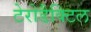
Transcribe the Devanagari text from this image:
टेरोडैक्टिल